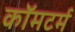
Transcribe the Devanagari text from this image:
कॉमटर्म